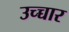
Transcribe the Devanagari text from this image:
उच्च्चार